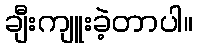
ချီးကျူးခဲ့တာပါ။